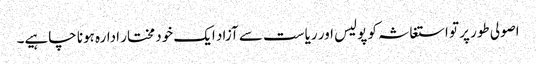
اصولی طور پر تو استغاثہ کو پولیس اور ریاست سے آزاد ایک خود مختار ادارہ ہونا چاہیے۔